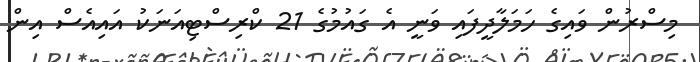
މިސްރުން ވައިގެ ހަމަލާދީފައި ވަނީ އެ ގައުމުގެ 21 ކްރިސްޓިއަނަކު އައިއެސް އިން